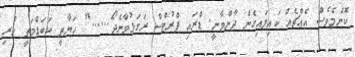
ކޮންމެވެސް އެއްޗެއް ކައިލައިގެން ދާންވާނީ. ޑްރައި ފްރުޓްސް ރަގަޅުވާނެދޯ......" ހަޔާތީ ކަބަޑްމަތީ ހުރި